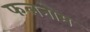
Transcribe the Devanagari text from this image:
फलनोम